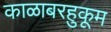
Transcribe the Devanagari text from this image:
काळाबरहुकूम